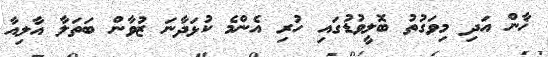
ޚާން އަދި މިވަގުތު ބޮލީވުޑުގައި ހުރި އެންމެ ކުޅަދާނަ ޒުވާން ބަތަލާ އާލިއާ